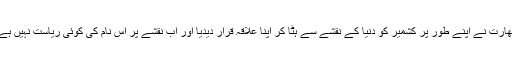
بھارت نے اپنے طور پر کشمیر کو دنیا کے نقشے سے ہٹا کر اپنا علاقہ قرار دیدیا اور اب نقشے پر اس نام کی کوئی ریاست نہیں ہے۔